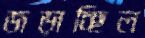
জড়াচ্ছিল